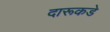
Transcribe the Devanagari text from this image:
दारूकडे